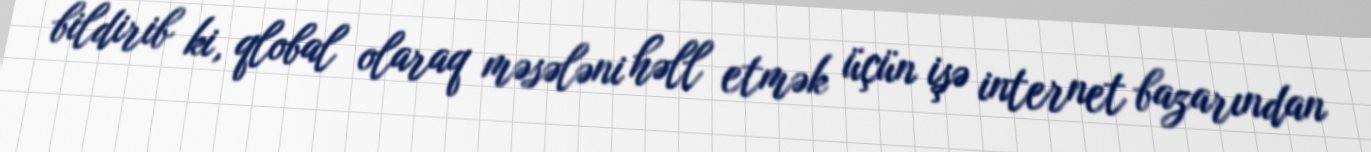
bildirib ki, qlobal olaraq məsələni həll etmək üçün işə internet bazarından